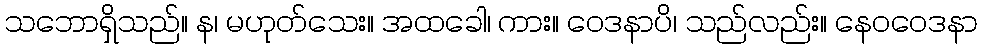
သဘောရှိသည်။ န၊ မဟုတ်သေး။ အထခေါ၊ ကား။ ဝေဒနာပိ၊ သည်လည်း။ နေဝဝေဒနာ